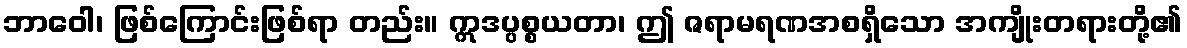
ဘာဝေါ၊ ဖြစ်ကြောင်းဖြစ်ရာ တည်း။ ဣဒပ္ပစ္စယတာ၊ ဤ ဇရာမရဏအစရှိသော အကျိုးတရားတို့၏